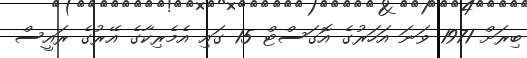
ބިރަށް 1971 ވަނަ އަހަރުގެ އޮގަސްޓް 15 ގައި އެމެރިކާގެ އޭރުގެ ރައީސް